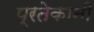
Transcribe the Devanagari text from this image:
प्रतेकानी